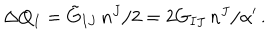
\Delta Q _ { I } = \tilde { G } _ { I J } \, n ^ { J } / 2 = 2 G _ { I J } \, n ^ { J } / \alpha ^ { \prime } \, .